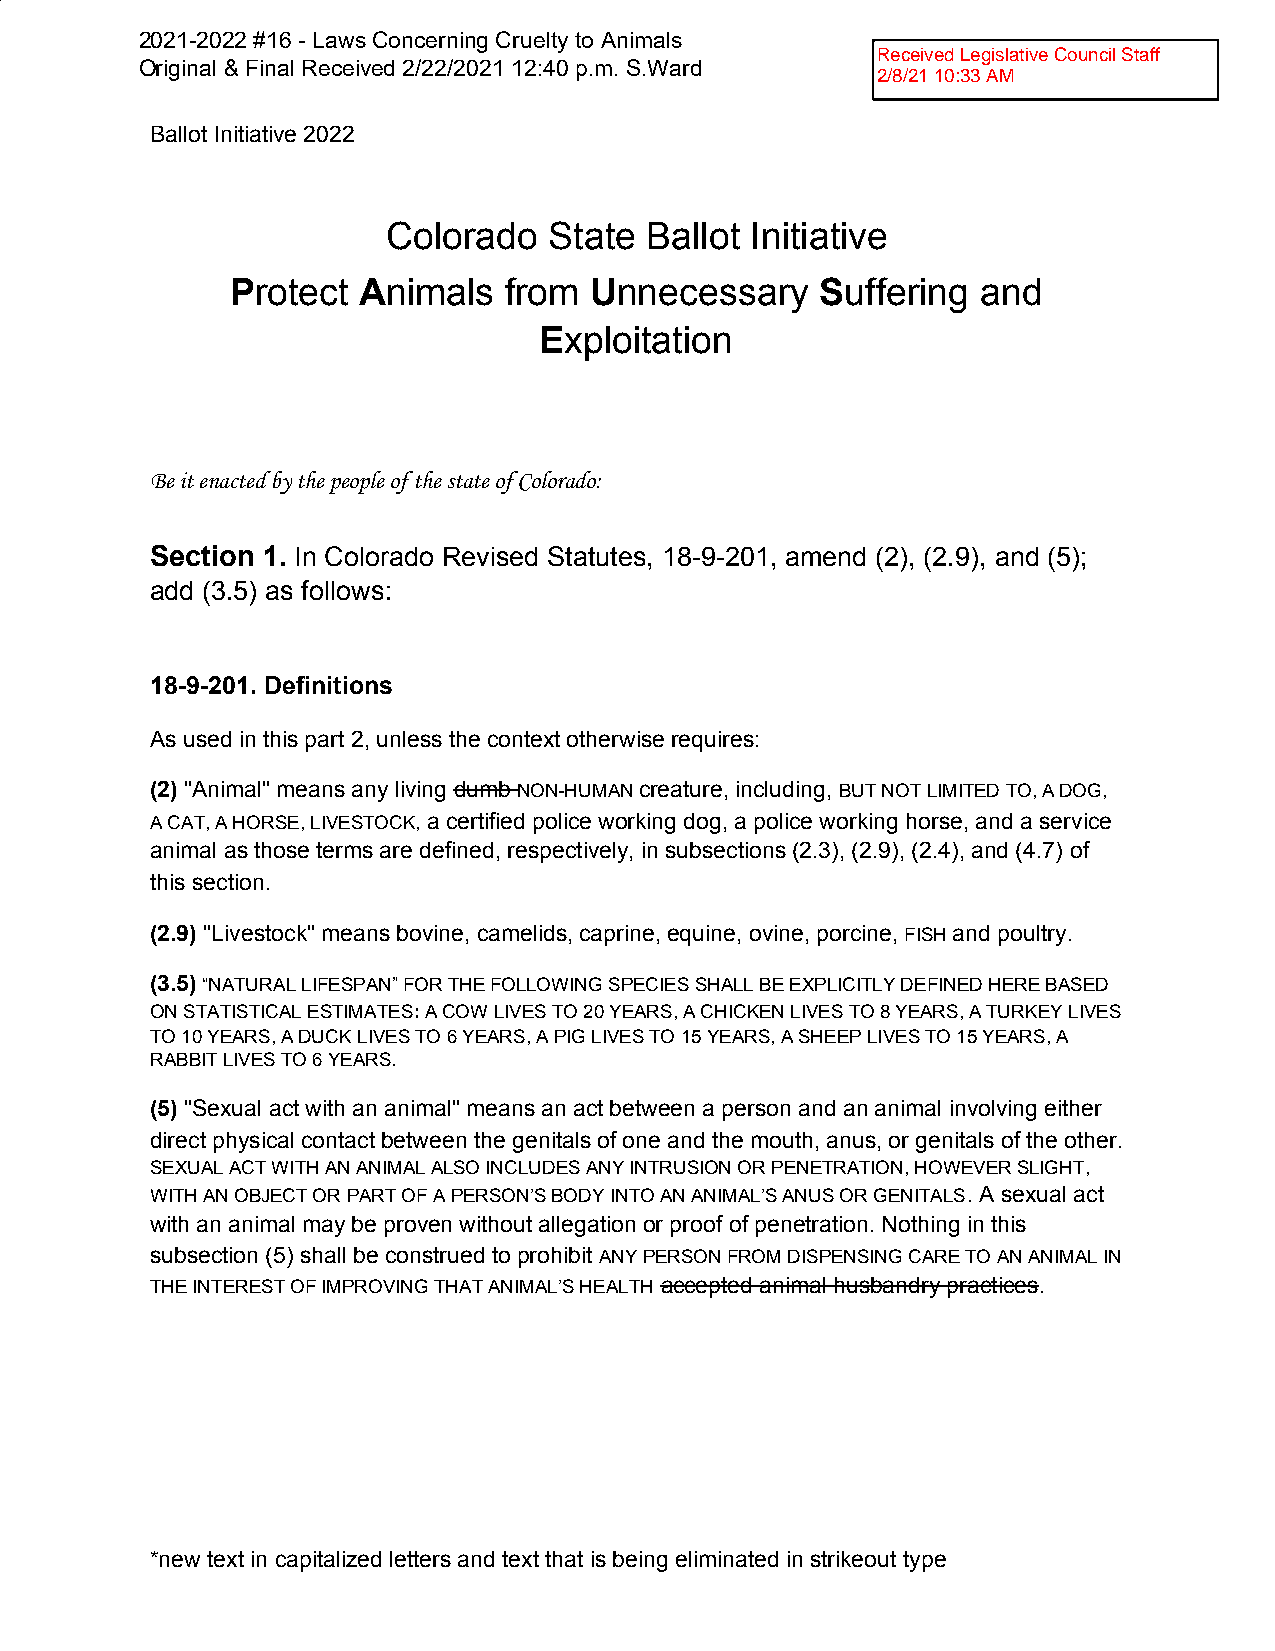
2021-2022 #16 - Laws Concerning Cruelty to Animals
 ReceivedLegislativeCouncilStaff
 Original & Final Received 2/22/2021 12:40 p.m. S.Ward
 2/8/2110:33AM
 Ballot Initiative 2022
 Colorado  State  Ballot Initiative
 Protect  Animals  from  Unnecessary    Suffering  and
 ​      ​ ​            ​ ​            ​ ​
 Exploitation
 ​
 Be it enacted by the people of the state of Colorado:
 Section 1. In Colorado Revised Statutes, 18-9-201, amend (2), (2.9), and (5);
 ​
 add (3.5) as follows:
 18-9-201. Definitions
 As used in this part 2, unless the context otherwise requires:
 (2) "Animal" means any living dumb NON-HUMAN creature, including, BUT NOT LIMITED TO, A DOG,
 ​                 ​   ​       ​             ​
 A CAT, A HORSE, LIVESTOCK, a certified police working dog, a police working horse, and a service
 ​
 animal as those terms are defined, respectively, in subsections (2.3), (2.9), (2.4), and (4.7) of
 this section.
 (2.9) "Livestock" means bovine, camelids, caprine, equine, ovine, porcine, FISH and poultry.
 ​                                              ​  ​
 (3.5) “NATURAL LIFESPAN” FOR THE FOLLOWING SPECIES SHALL BE EXPLICITLY DEFINED HERE BASED
 ​​
 ON STATISTICAL ESTIMATES: A COW LIVES TO 20 YEARS, A CHICKEN LIVES TO 8 YEARS, A TURKEY LIVES
 ​​
 TO 10 YEARS, A DUCK LIVES TO 6 YEARS, A PIG LIVES TO 15 YEARS, A SHEEP LIVES TO 15 YEARS, A
 RABBIT LIVES TO 6 YEARS.
 (5) "Sexual act with an animal" means an act between a person and an animal involving either
 ​
 direct physical contact between the genitals of one and the mouth, anus, or genitals of the other.
 SEXUAL ACT WITH AN ANIMAL ALSO INCLUDES ANY INTRUSION OR PENETRATION, HOWEVER SLIGHT,
 WITH AN OBJECT OR PART OF A PERSON’S BODY INTO AN ANIMAL’S ANUS OR GENITALS. A sexual act
 ​
 with an animal may be proven without allegation or proof of penetration. Nothing in this
 subsection (5) shall be construed to prohibit ANY PERSON FROM DISPENSING CARE TO AN ANIMAL IN
 ​
 THE INTEREST OF IMPROVING THAT ANIMAL’S HEALTH accepted animal husbandry practices.
 ​ ​                       ​
 *new text in capitalized letters and text that is being eliminated in strikeout type